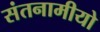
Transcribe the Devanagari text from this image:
संतनामीयो